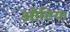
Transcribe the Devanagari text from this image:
ओटिया